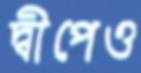
দ্বীপেও